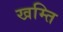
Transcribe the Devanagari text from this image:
खम्ति